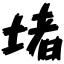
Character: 堵